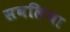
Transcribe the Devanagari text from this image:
सबलिया